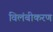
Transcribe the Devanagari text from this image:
विलंबीकरण